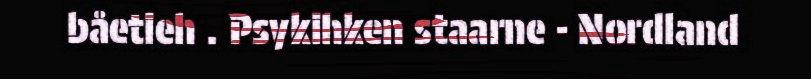
båetieh . Psykihken staarne - Nordland